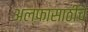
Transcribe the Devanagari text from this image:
अल्फासाठीचे